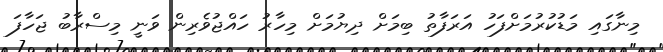
މިނާގައި މަޑުކުރުމަށްފަހު އަރަފާތު ބިމަށް ދިޔުމަށް މިހާރު ހައްޖުވެރިން ވަނީ މިސްރާބު ޖަހާފަ